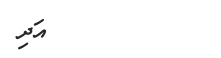
٤٥         އަދި